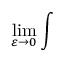
\operatorname * { l i m } _ { \varepsilon \to 0 } \int